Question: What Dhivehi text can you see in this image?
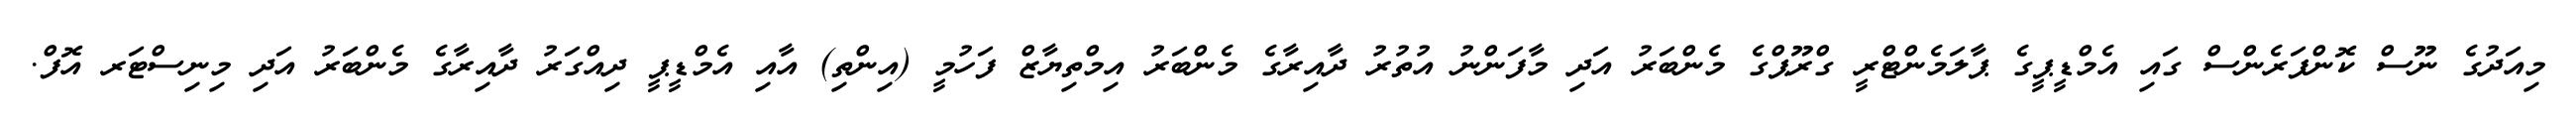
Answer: މިއަދުގެ ނޫސް ކޮންފަރެންސް ގައި އެމްޑީޕީގެ ޕާލަމެންޓްރީ ގްރޫޕްގެ މެންބަރު އަދި މާފަންނު އުތުރު ދާއިރާގެ މެންބަރު އިމްތިޔާޒް ފަހުމީ (އިންތި) އާއި އެމްޑީޕީ ދިއްގަރު ދާއިރާގެ މެންބަރު އަދި މިނިސްޓަރ އޮފް.